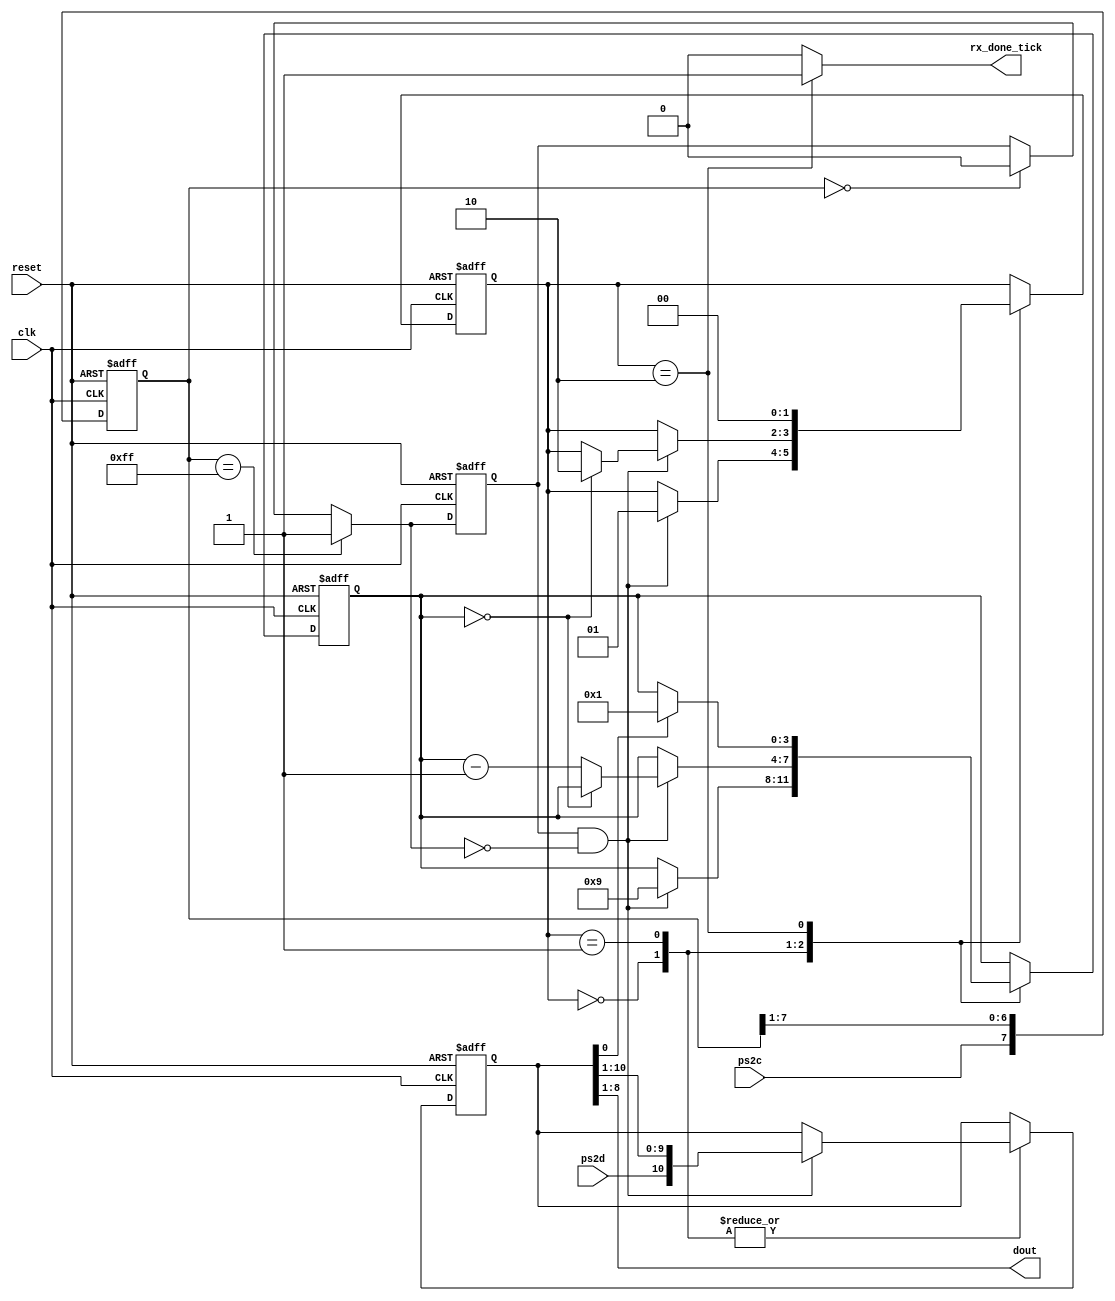
`timescale 1ns / 1ps
//////////////////////////////////////////////////////////////////////////////////
// Company: 
// Engineer: 
// 
// Design Name: 
// Module Name:    Modulo_PS2 
// Project Name: 
// Target Devices: 
// Tool versions: 
// Description: 
//
// Dependencies: 
//
// Revision: 
// Revision 0.01 - File Created
// Additional Comments:
// Este mdulo recibe todos los datos que se envian desde un teclado, en protocolo ps2 
// 

//////////////////////////////////////////////////////////////////////////////////
module ps2_rx
(
input wire clk, reset,
input wire ps2d, ps2c,
output reg rx_done_tick,
output wire [7:0] dout
);

// symbolic state declaration

localparam [1:0]
idle = 2'b00,
dps = 2'b01,
load = 2'b10;

// signal declaration

reg [1:0] state_reg , state_next;
reg [7:0] filter_reg;
wire [7:0] filter_next;
reg f_ps2c_reg;
wire f_ps2c_next;
reg [3:0] n_reg , n_next;
reg [10:0] b_reg, b_next;
wire fall_edge;

// filter and falling-edge tick generation for ps2c

always @ ( posedge clk , posedge reset )

if (reset)
	begin
		filter_reg <= 0;
		f_ps2c_reg <= 0;
	end
	
else
	begin
		filter_reg <= filter_next;
		f_ps2c_reg <= f_ps2c_next;
	end
	
assign filter_next = {ps2c, filter_reg [7:1]};
assign f_ps2c_next = (filter_reg==8'b11111111) ? 1'b1 :
							(filter_reg==8'b00000000) ? 1'b0 :
							f_ps2c_reg;
assign fall_edge = f_ps2c_reg & ~f_ps2c_next ;

// FSMD state & data registers

always @ ( posedge clk , posedge reset )
	if (reset)
		begin
			state_reg <= idle;
			n_reg <= 0;
			b_reg <= 0;
		end
	else
		begin
			state_reg <= state_next ;
			n_reg <= n_next;
			b_reg <= b_next;
		end
	

// FSMD next-state logic

always @*
begin
	state_next = state_reg;
	rx_done_tick = 1'b0;
	n_next = n_reg;
	b_next = b_reg;
	case (state_reg)
		idle:
			if (fall_edge)
				begin
			// shift in start bit
					b_next = {ps2d, b_reg [10: 1]};
					n_next = 4'b1001;
					state_next = dps;
				end
		dps: // 8 data + 1 parity + 1 stop
			if (fall_edge)
				begin
					b_next = {ps2d, b_reg [10 : 1]};
					if (n_reg==0)
						state_next = load;
					else
						n_next = n_reg - 1'b1;
				end
		load : // 1 extra clock to complete the last shift
			if (~b_reg[0])
				begin
					state_next = idle;
					rx_done_tick = 1'b1;
				end
			else
				begin
					state_next = idle;
					rx_done_tick = 1'b1;
					n_next = 4'b0001;
				end
	endcase
end

// output
assign dout = b_reg[8:1]; // data bits

endmodule